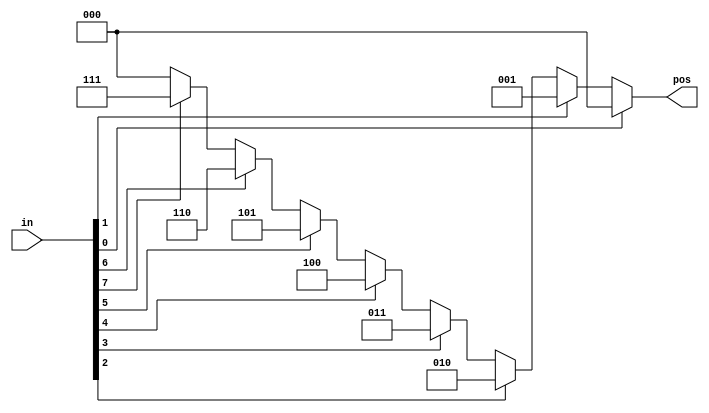
module top_module (
    input [7:0] in,
    output reg [2:0] pos 
);

    always @* begin
        pos = 3'd0;
        if (in[0]) pos = 3'd0;
        else if (in[1]) pos = 3'd1;
        else if (in[2]) pos = 3'd2;
        else if (in[3]) pos = 3'd3;
        else if (in[4]) pos = 3'd4;
        else if (in[5]) pos = 3'd5;
        else if (in[6]) pos = 3'd6;
        else if (in[7]) pos = 3'd7;
    end

endmodule